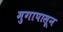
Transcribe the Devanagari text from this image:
मुगापासून